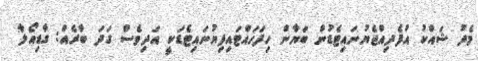
މެދު ޝައްކު އުފެދިއްޖެޔުނައިޓެޑުން ބަޔާން ހިފަހައްޓައިފިޔުނައިޓެޑަކީ އަދިވެސް ގަދަ ބާރެއް: ގާޑިއޯލާ